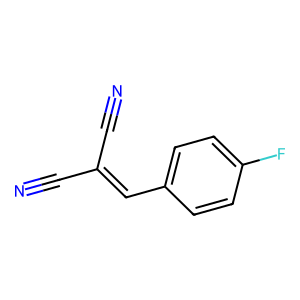
SMILES: N#CC(C#N)=Cc1ccc(F)cc1
Inhibits HIV replication: No